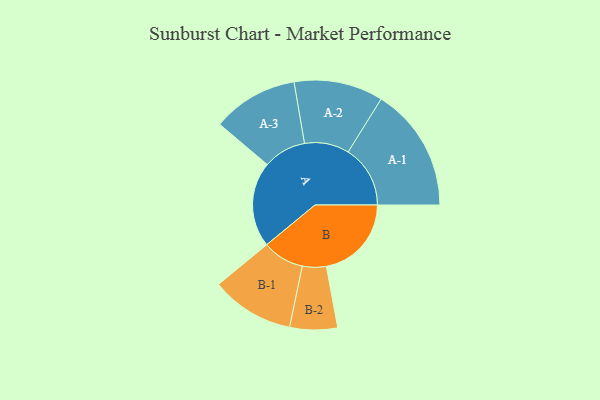
{"axis": {"x": "Segment", "y": "Value"}, "legend": ["", "A", "B"], "data": [{"x": "A", "y": 394, "type": ""}, {"x": "B", "y": 393, "type": ""}, {"x": "A-1", "y": 287, "type": "A"}, {"x": "A-2", "y": 206, "type": "A"}, {"x": "A-3", "y": 198, "type": "A"}, {"x": "B-1", "y": 192, "type": "B"}, {"x": "B-2", "y": 110, "type": "B"}]}